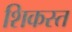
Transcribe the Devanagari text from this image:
शिकस्‍त